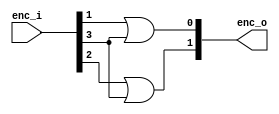
`timescale 1ns / 1ps
//////////////////////////////////////////////////////////////////////////////////
// Company: 
// Engineer: 
// 
// Design Name: 
// Module Name: enc4x2
// Project Name: 
// Target Devices: 
// Tool Versions: 
// Description: 
// 
// Dependencies: 
// 
// Revision:
// Revision 0.01 - File Created
// Additional Comments:
// 
//////////////////////////////////////////////////////////////////////////////////


module enc4x2(
    input [3:0] enc_i,
    output [1:0] enc_o
    );
    assign enc_o[0] = enc_i[1] | enc_i[3];
    assign enc_o[1] = enc_i[2] | enc_i[3];
endmodule